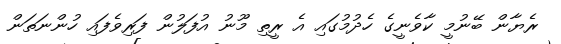
ރެޔާން ބޭނުމީ ކާވެނީގެ ހެދުމުގައި އެ ރީތި މޫނު އުފަލުން ފަރިވެފައި ހުންނަތަން